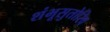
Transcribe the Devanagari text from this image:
शंभूसुतोरिव